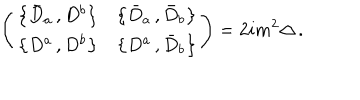
LaTeX: \left( \begin{array} { c c } { { \left\{ \bar { D } _ { a } \, , D ^ { b } \right\} } } & { { \left\{ \bar { D } _ { a } \, , \bar { D } _ { b } \right\} } } \\ { { \left\{ D ^ { a } \, , D ^ { b } \right\} } } & { { \left\{ D ^ { a } \, , \bar { D } _ { b } \right\} } } \\ \end{array} \right) = 2 i m ^ { 2 } \Delta \, .